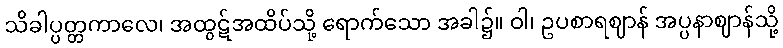
သိခါပ္ပတ္တကာလေ၊ အထွဋ်အထိပ်သို့ ရောက်သော အခါ၌။ ဝါ၊ ဥပစာရဈာန် အပ္ပနာဈာန်သို့